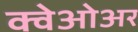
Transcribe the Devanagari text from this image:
क्वेओअर